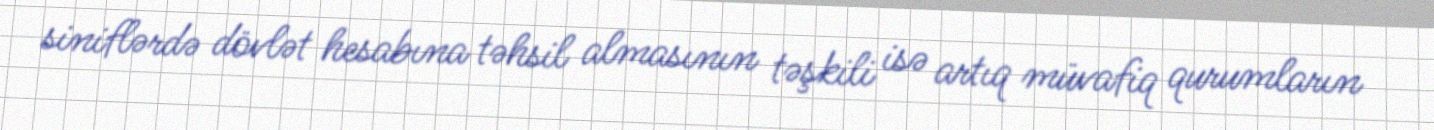
siniflərdə dövlət hesabına təhsil almasının təşkili isə artıq müvafiq qurumların